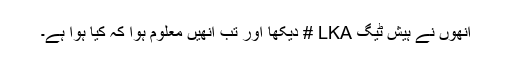
انھوں نے ہیش ٹیگ LKA # دیکھا اور تب انھیں معلوم ہوا کہ کیا ہوا ہے۔